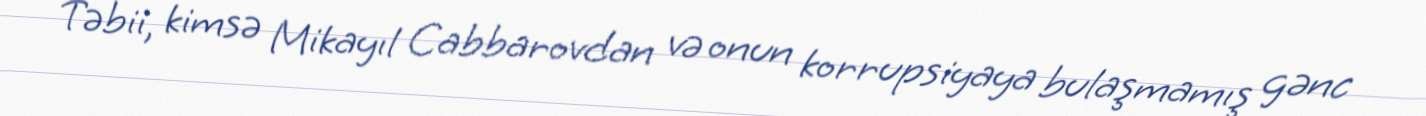
Təbii, kimsə Mikayıl Cabbarovdan və onun korrupsiyaya bulaşmamış gənc